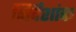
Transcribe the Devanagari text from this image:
निर्देंशांक